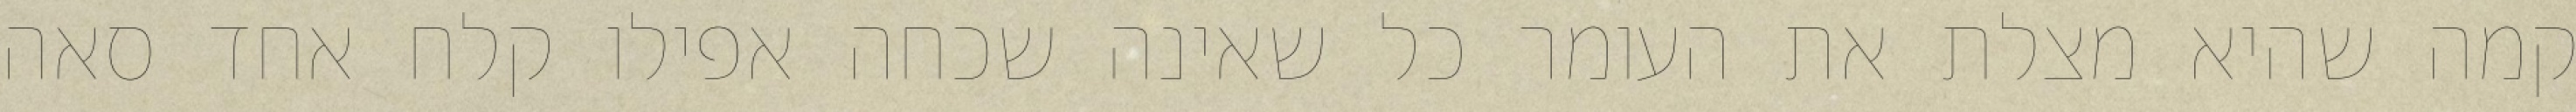
קמה שהיא מצלת את העומר כל שאינה שכחה אפילו קלח אחד סאה